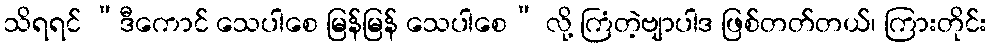
သိရရင် “ဒီကောင် သေပါစေ မြန်မြန် သေပါစေ” လို့ ကြံတဲ့ဗျာပါဒ ဖြစ်တတ်တယ်၊ ကြားတိုင်း